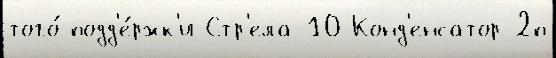
того́ подд'е́ржк'и Стр'ела-10 Конд'енсатор-2п